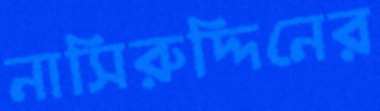
নাসিরুদ্দিনের